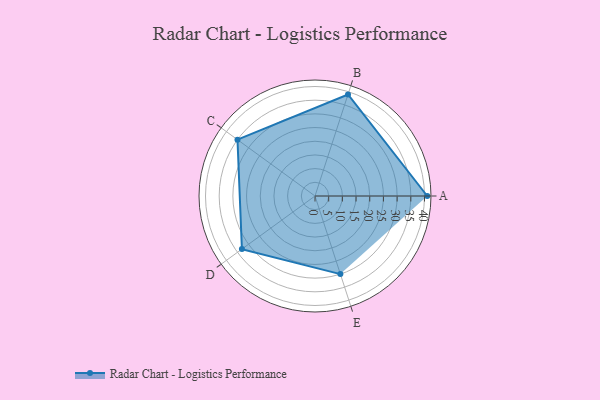
{"axis": {"x": "Skill", "y": "Score"}, "legend": ["Profile"], "data": [{"x": "A", "y": 41.0, "type": "Profile"}, {"x": "B", "y": 39.0, "type": "Profile"}, {"x": "C", "y": 35.0, "type": "Profile"}, {"x": "D", "y": 33.0, "type": "Profile"}, {"x": "E", "y": 30.0, "type": "Profile"}]}